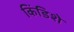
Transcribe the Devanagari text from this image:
किंडिशे